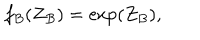
f _ { B } ( Z _ { B } ) = \exp ( Z _ { B } ) ,